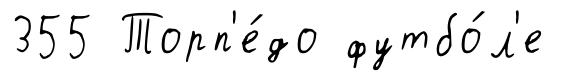
355 Торп'е́до футбо́л'е